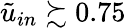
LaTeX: \tilde{u}_{in}\succsim 0.75